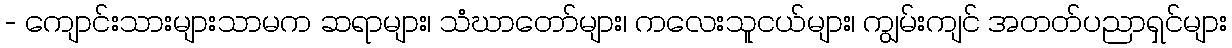
- ကျောင်းသားများသာမက ဆရာများ၊ သံဃာတော်များ၊ ကလေးသူငယ်များ၊ ကျွမ်းကျင် အတတ်ပညာရှင်များ